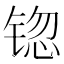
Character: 锪